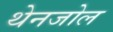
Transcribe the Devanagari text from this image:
थेनजोल